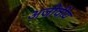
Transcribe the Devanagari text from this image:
अजीवीय